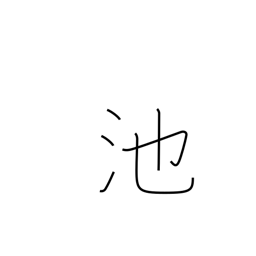
Meaning: pond